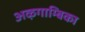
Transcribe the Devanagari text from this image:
अऴगाम्बिका